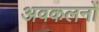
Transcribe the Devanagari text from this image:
अवकलनों